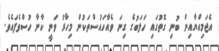
އެޖަމިއްޔާއިން ބުނި ގޮތުގައި ހަލަބުގެ ގިނަ ވެއާހައުސްތަކުން މިހާރު ވަނީ ކާނާ ހުސްވެފައެވެ.